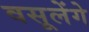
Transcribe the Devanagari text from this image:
वसूलेंगे